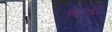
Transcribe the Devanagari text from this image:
१२५६८